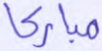
مباركا